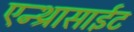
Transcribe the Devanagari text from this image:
एन्थ्रासाईट